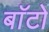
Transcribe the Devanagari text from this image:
बाॅटो